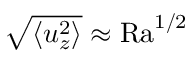
\sqrt { \left\langle u _ { z } ^ { 2 } \right\rangle } \approx \mathrm { R a } ^ { 1 / 2 }